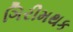
ગિરીમથક